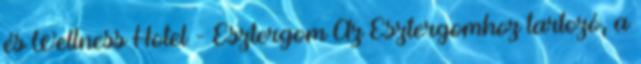
és Wellness Hotel - Esztergom Az Esztergomhoz tartozó, a